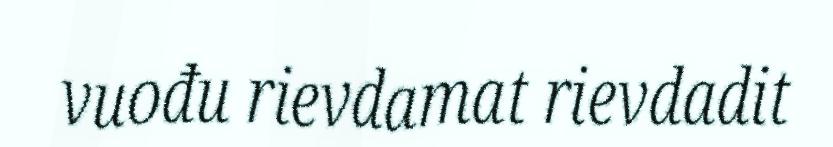
vuođu rievdamat rievdadit